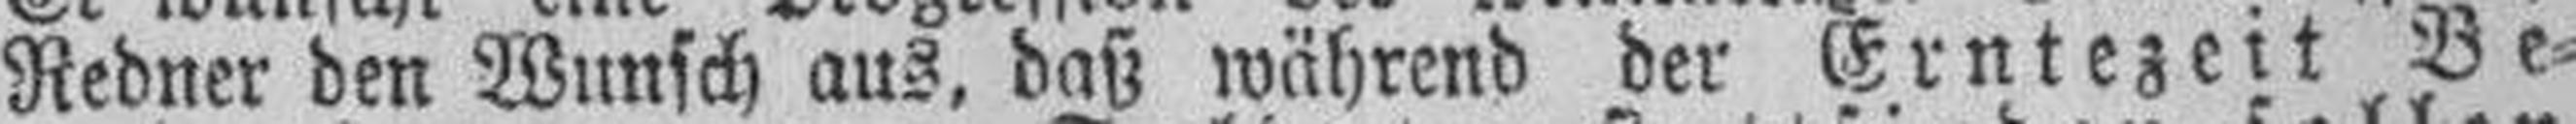
Redner den Wunsch aus, daß während der Erntezeit Be¬